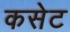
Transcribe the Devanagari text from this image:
कसेट